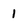
Character: 1